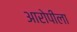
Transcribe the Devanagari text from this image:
आरोपीला